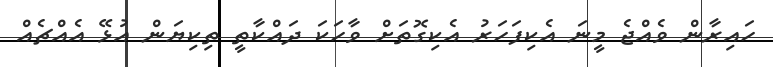
ހައިރާން ވެއްޖެ މީނަ އެކިފަހަރު އެކިގޮތަށް ވާހަކަ ދައްކާތީ ތިކިޔަން އުޅޭ އެއްޗެއް